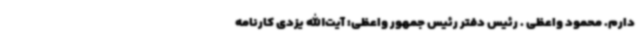
دارم. محمود واعظی . رئیس دفتر رئیس جمهور واعظی: آیت‌الله یزدی کارنامه